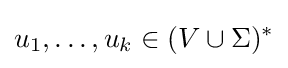
u_{1},\ldots ,u_{k}\in (V\cup \Sigma )^{*}